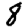
Digit: 8